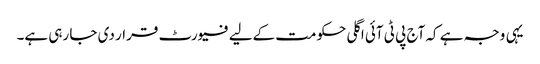
یہی وجہ ہے کہ آج پی ٹی آئی اگلی حکومت کےلیے فیورٹ قرار دی جا رہی ہے۔